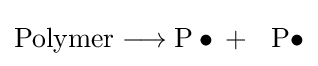
{\mathrm {Polymer} {}\mathrel {\longrightarrow } {}\mathrm {P} \bullet {}+{}\ ~\mathrm {P} \bullet }